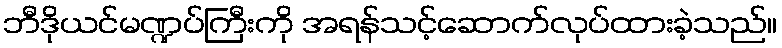
ဘီဒိုယင်မဏ္ဍပ်ကြီးကို အရန်သင့်ဆောက်လုပ်ထားခဲ့သည်။